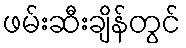
ဖမ်းဆီးချိန်တွင်